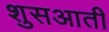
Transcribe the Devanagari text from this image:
शुसआती